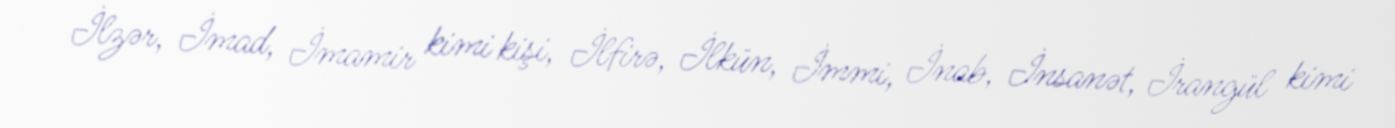
İlzər, İmad, İmamir kimi kişi, İlfirə, İlkün, İmmi, İnab, İnsanət, İrangül kimi